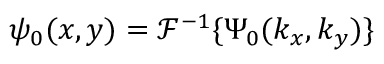
\psi _ { 0 } ( x , y ) = { \mathcal { F } } ^ { - 1 } \{ \Psi _ { 0 } ( k _ { x } , k _ { y } ) \}